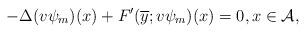
LaTeX: \begin{align*}-\Delta(v\psi_{m})(x) + F'(\overline{y};v\psi_{m})(x)=0, x\in \mathcal{A}, \end{align*}